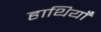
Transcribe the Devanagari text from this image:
हाथियाँ